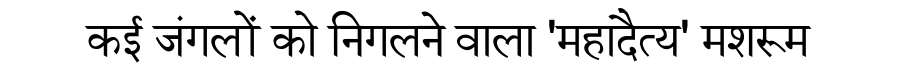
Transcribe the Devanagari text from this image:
कई जंगलों को निगलने वाला 'महादैत्य' मशरूम